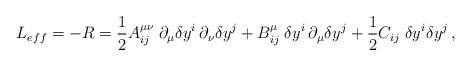
\begin{align*}L_{eff} = - R = \frac{1}{2} A^{\mu \nu}_{ij} \; \partial_{\mu}{\delta y}^i \, \partial_{\nu}{\delta y}^j + B^{\mu}_{ij}\; {\delta y}^i \, \partial_\mu \delta y^j + \frac{1}{2}C_{ij}\; \delta y^i \delta y^j \, ,\end{align*}